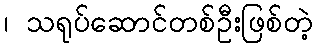
၊ သရုပ်ဆောင်တစ်ဦးဖြစ်တဲ့